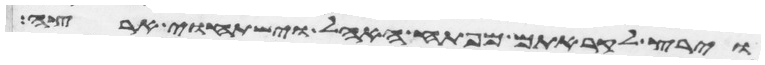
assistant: וירץ לקראתם מפתח האהל וישתחוי ארצה